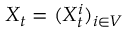
X _ { t } = ( X _ { t } ^ { i } ) _ { i \in V }